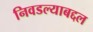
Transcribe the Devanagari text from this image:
निवडल्याबद्दल